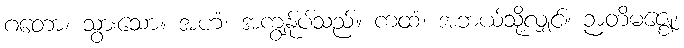
ဂတော၊ သွားသော။ အဟံ၊ အကျွန်ုပ်သည်။ ကထံ၊ အဘယ်သို့လျှင်။ ဉာတိမဇ္ဈေ၊